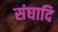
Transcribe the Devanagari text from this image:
संघादि